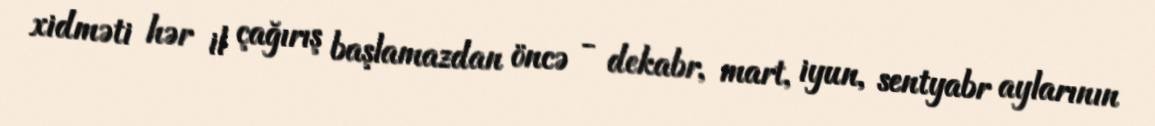
xidməti hər il çağırış başlamazdan öncə - dekabr, mart, iyun, sentyabr aylarının